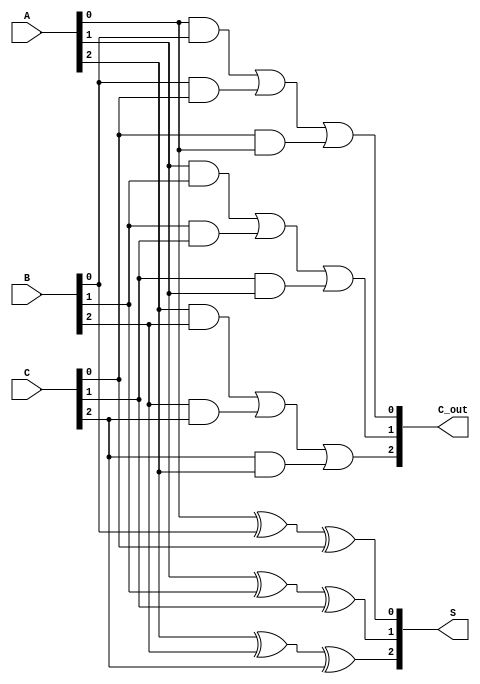
module CarrySaveAdder (
    input  [2:0] A,  // 3-bit input A
    input  [2:0] B,  // 3-bit input B
    input  [2:0] C,  // 3-bit input C
    output [2:0] S,  // 3-bit output Sum
    output [2:0] C_out // 3-bit output Carry
);

    // Intermediate signals for sum and carry
    wire [2:0] sum;
    wire [2:0] carry;

    // Full Adder Logic for each bit position
    assign sum[0] = A[0] ^ B[0] ^ C[0]; // Sum for LSB
    assign carry[0] = (A[0] & B[0]) | (B[0] & C[0]) | (C[0] & A[0]); // Carry for LSB

    assign sum[1] = A[1] ^ B[1] ^ C[1]; // Sum for middle bit
    assign carry[1] = (A[1] & B[1]) | (B[1] & C[1]) | (C[1] & A[1]); // Carry for middle bit

    assign sum[2] = A[2] ^ B[2] ^ C[2]; // Sum for MSB
    assign carry[2] = (A[2] & B[2]) | (B[2] & C[2]) | (C[2] & A[2]); // Carry for MSB

    // Drive outputs
    assign S = sum;      // Sum output
    assign C_out = carry; // Carry output

endmodule